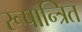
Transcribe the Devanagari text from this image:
रूपान्त्रित